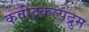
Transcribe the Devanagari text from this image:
कवींद्रकल्पद्रुम